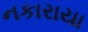
નકારાયા